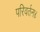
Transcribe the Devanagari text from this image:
परिवर्तन४